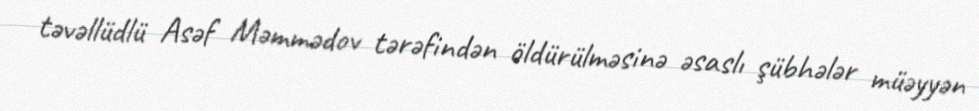
təvəllüdlü Asəf Məmmədov tərəfindən öldürülməsinə əsaslı şübhələr müəyyən